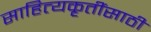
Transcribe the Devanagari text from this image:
साहित्यकृतींसाठी